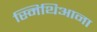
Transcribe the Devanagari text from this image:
स्मिथिआना